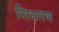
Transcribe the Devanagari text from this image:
निरधारण